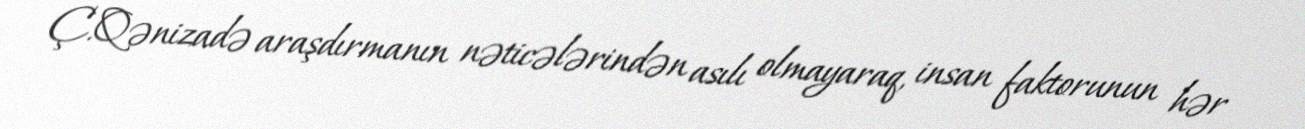
Ç.Qənizadə araşdırmanın nəticələrindən asılı olmayaraq, insan faktorunun hər